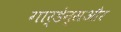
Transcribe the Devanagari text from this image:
गार्डेन्सऔर